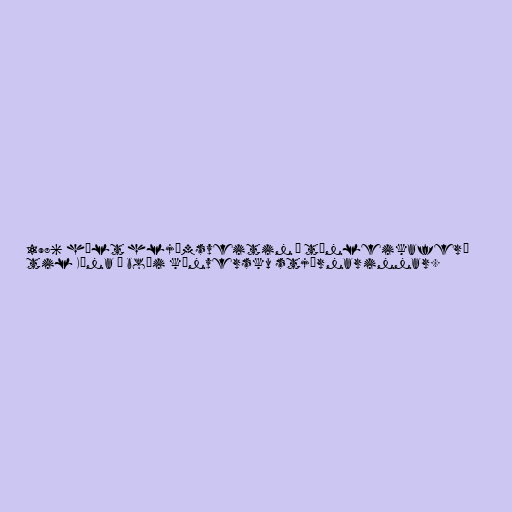
1986 hélt hljómsveitin í tónleikaferð
til Kína í boði kínversku stjórnarinnar.